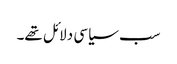
سب سیاسی دلائل تھے۔